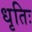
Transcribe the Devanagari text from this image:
धृतिः